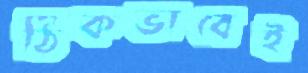
ঠিকভাবেই